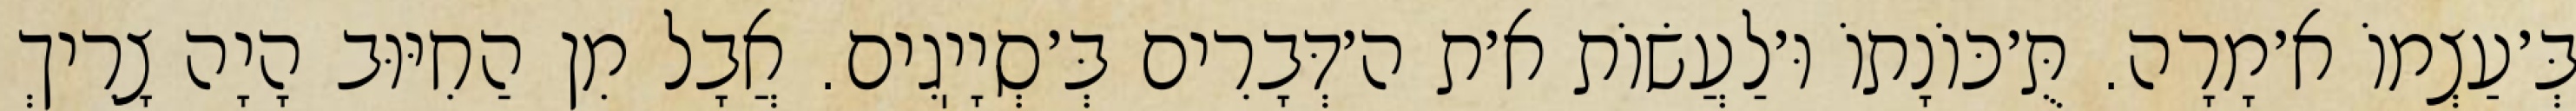
בְּ׳עַצְמוֹ א׳מָרָה. תֻּ׳כּוֹנָתוֹ וּ׳לַעֲשׂוֹת א׳ת ה׳דְּבָרִים בְּ׳סְיָיֽגִים. אֲבָל מִן הַחִיּוּב הָיָה צָרִיךְ